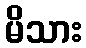
မိသား